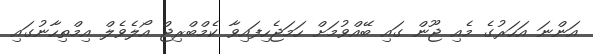
އަންނަ އަހަރުގެ މެއި ޖޫން ގައި ބޭއްވުމަށް ހަމަޖެހިފައިވާ ކެމްބްރިޖް އޯލެވެލް އިމްތިހާނުގައި